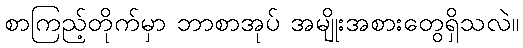
စာကြည့်တိုက်မှာ ဘာစာအုပ် အမျိုးအစားတွေရှိသလဲ။